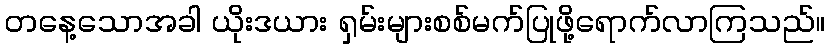
တနေ့သောအခါ ယိုးဒယား ရှမ်းများစစ်မက်ပြုဖို့ရောက်လာကြသည်။